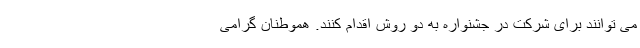
می توانند برای شرکت در جشنواره به دو روش اقدام کنند. هموطنان گرامی